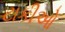
ટાકીઓ